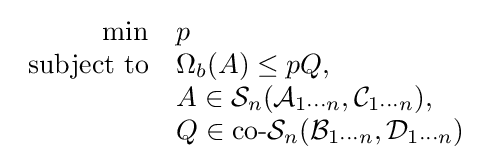
{\begin{array}{rl}\min &p\\{\text{subject to}}&\Omega _{b}(A)\leq pQ,\\&A\in {\mathcal {S}}_{n}({\mathcal {A}}_{1\cdots n},{\mathcal {C}}_{1\cdots n}),\\&Q\in {\text{co-}}{\mathcal {S}}_{n}({\mathcal {B}}_{1\cdots n},{\mathcal {D}}_{1\cdots n})\end{array}}